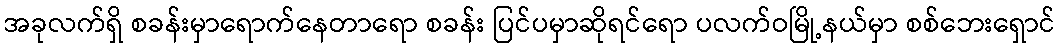
အခုလက်ရှိ စခန်းမှာရောက်နေတာရော စခန်း ပြင်ပမှာဆိုရင်ရော ပလက်ဝမြို့နယ်မှာ စစ်ဘေးရှောင်